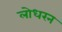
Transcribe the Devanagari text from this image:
लोधरन